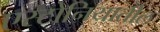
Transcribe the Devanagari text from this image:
एस्टोनियातील